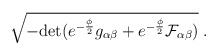
\begin{align*}\sqrt{- {\rm det} (e^{- \frac{\phi}{2}} g_{\alpha \beta} + e^{- \frac{\phi}{2}} {\cal F}_{\alpha \beta} ) } \; .\end{align*}